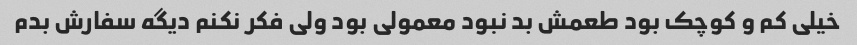
خیلی کم و کوچک بود طعمش بد نبود معمولی بود ولی فکر نکنم دیگه سفارش بدم